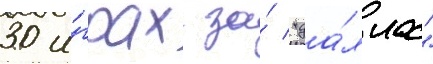
30 и́грах за́ "да́ллас"